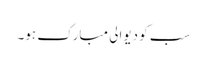
سب کو دیوالی مبارک ہو۔